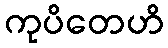
ကုပိတေဟိ